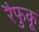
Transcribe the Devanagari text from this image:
रैफुकू